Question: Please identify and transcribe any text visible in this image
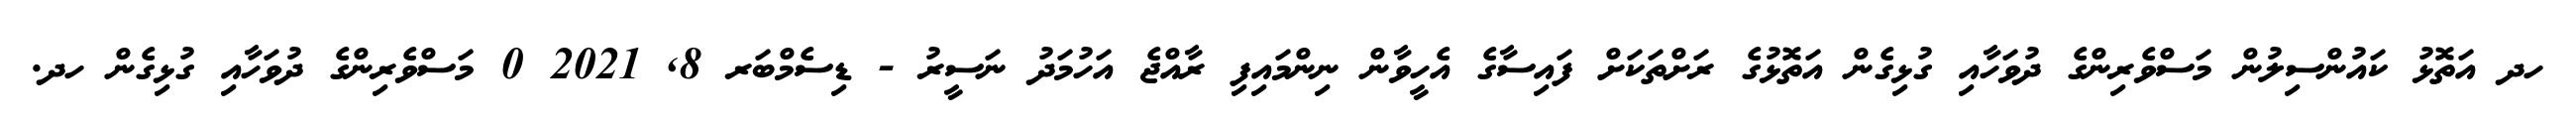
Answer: ހދ އަތޮޅު ކައުންސިލުން މަސްވެރިންގެ ދުވަހާއި ގުޅިގެން އަތޮޅުގެ ރަށްތަކަށް ފައިސާގެ އެހީވާން ނިންމައިފި ރާއްޖެ އަހުމަދު ނަސީރު - ޑިސެމްބަރ 8, 2021 0 މަސްވެރިންގެ ދުވަހާއި ގުޅިގެން ހދ.